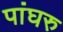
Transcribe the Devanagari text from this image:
पांघरु